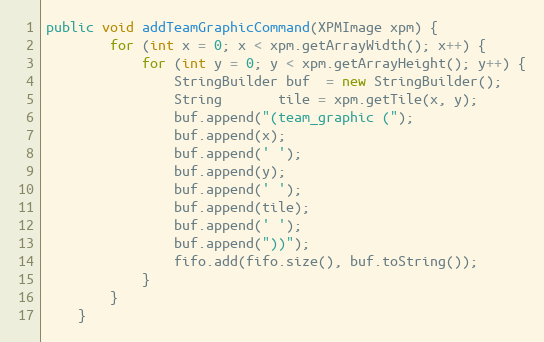
Language: Java
public void addTeamGraphicCommand(XPMImage xpm) {
        for (int x = 0; x < xpm.getArrayWidth(); x++) {
            for (int y = 0; y < xpm.getArrayHeight(); y++) {
                StringBuilder buf  = new StringBuilder();
                String       tile = xpm.getTile(x, y);
                buf.append("(team_graphic (");
                buf.append(x);
                buf.append(' ');
                buf.append(y);
                buf.append(' ');
                buf.append(tile);
                buf.append(' ');
                buf.append("))");
                fifo.add(fifo.size(), buf.toString());
            }
        }
    }